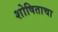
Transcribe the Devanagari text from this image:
शोषिताचा